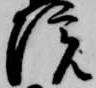
院